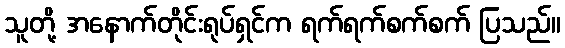
သူတို့ အနောက်တိုင်းရုပ်ရှင်က ရက်ရက်စက်စက် ပြသည်။